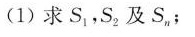
(1)求S_{1}，S_{2}及S_{n}；